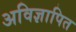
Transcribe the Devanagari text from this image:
अविज्ञापित